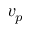
v _ { p }